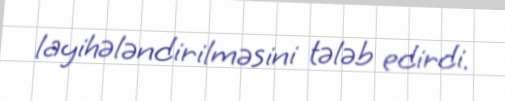
layihələndirilməsini tələb edirdi.